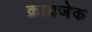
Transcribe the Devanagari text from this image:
क्रायजेक